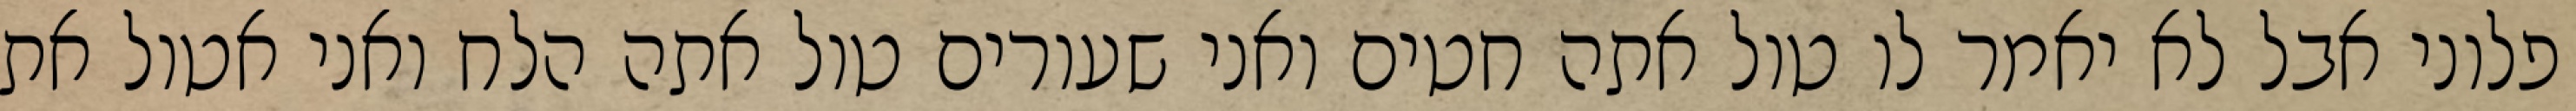
פלוני אבל לא יאמר לו טול אתה חטים ואני שעורים טול אתה הלח ואני אטול את